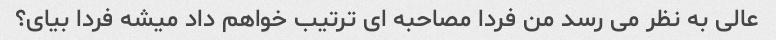
عالی به نظر می رسد من فردا مصاحبه ای ترتیب خواهم داد میشه فردا بیای؟